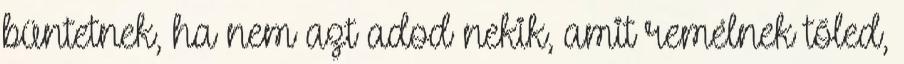
büntetnek, ha nem azt adod nekik, amit remélnek tőled,